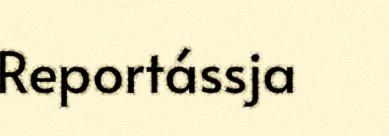
Reportássja